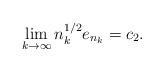
LaTeX: \begin{align*}\lim_{k \rightarrow \infty} n_k^{1/2} e_{n_k} = c_2. \end{align*}